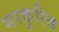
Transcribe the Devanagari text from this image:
मरकुरिक